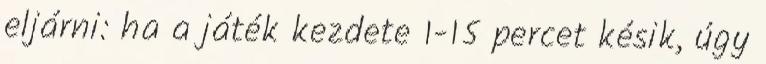
eljárni: ha a játék kezdete 1-15 percet késik, úgy